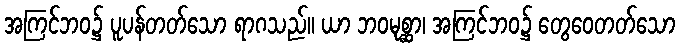
အကြင်ဘဝ၌ ပူပန်တတ်သော ရာဂသည်။ ယာ ဘဝမုစ္ဆာ၊ အကြင်ဘဝ၌ တွေဝေတတ်သော